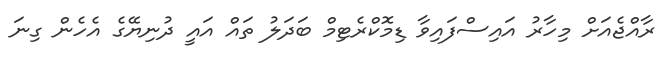
ރާއްޖެއަށް މިހާރު އައިސްފައިވާ ޑިމޮކްރެޓިމް ބަދަލު ތައް އައީ ދުނިޔޭގެ އެހެން ގިނަ